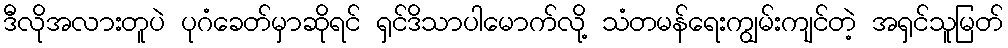
ဒီလိုအလားတူပဲ ပုဂံခေတ်မှာဆိုရင် ရှင်ဒိသာပါမောက်လို့ သံတမန်ရေးကျွမ်းကျင်တဲ့ အရှင်သူမြတ်